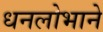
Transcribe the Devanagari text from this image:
धनलोभाने